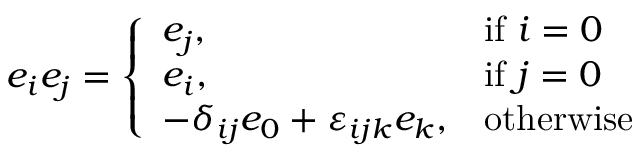
e _ { i } e _ { j } = { \left\{ \begin{array} { l l } { e _ { j } , } & { { \mathrm { i f ~ } } i = 0 } \\ { e _ { i } , } & { { \mathrm { i f ~ } } j = 0 } \\ { - \delta _ { i j } e _ { 0 } + \varepsilon _ { i j k } e _ { k } , } & { { \mathrm { o t h e r w i s e } } } \end{array} \right. }